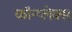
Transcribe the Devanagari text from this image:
कॉन्प्लेक्स